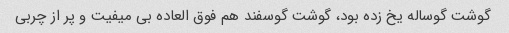
گوشت گوساله یخ زده بود، گوشت گوسفند هم فوق العاده بی میفیت و پر از چربی